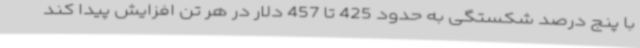
با پنج درصد شکستگی به حدود 425 تا 457 دلار در هر تن افزایش پیدا کند